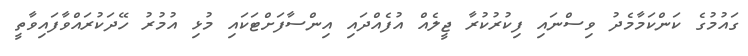
ގައުމުގެ ކަންކަމާމެދު ވިސްނައި ފިކުރުކުރާ ޖީލެއް އުފެއްދައި އިންސާފަށްޓަކައި މުޅި އުމުރު ހޭދަކުރައްވާފައިވާތީ